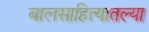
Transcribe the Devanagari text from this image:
बालसाहित्यातल्या